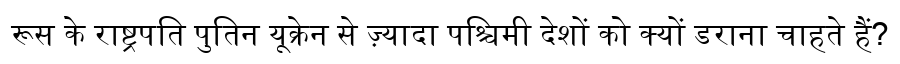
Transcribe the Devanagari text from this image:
रूस के राष्ट्रपति पुतिन यूक्रेन से ज़्यादा पश्चिमी देशों को क्यों डराना चाहते हैं?